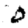
Digit: 0